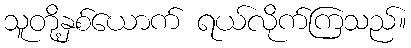
သူတို့နှစ်ယောက် ရယ်လိုက်ကြသည်။